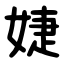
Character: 婕